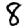
Digit: 8